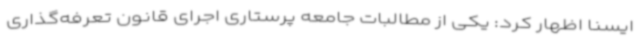
ایسنا اظهار کرد: یکی از مطالبات جامعه پرستاری اجرای قانون تعرفه‌گذاری